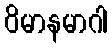
ဝိမာနမာဂါ